Leaving Certificate Examination, 1910
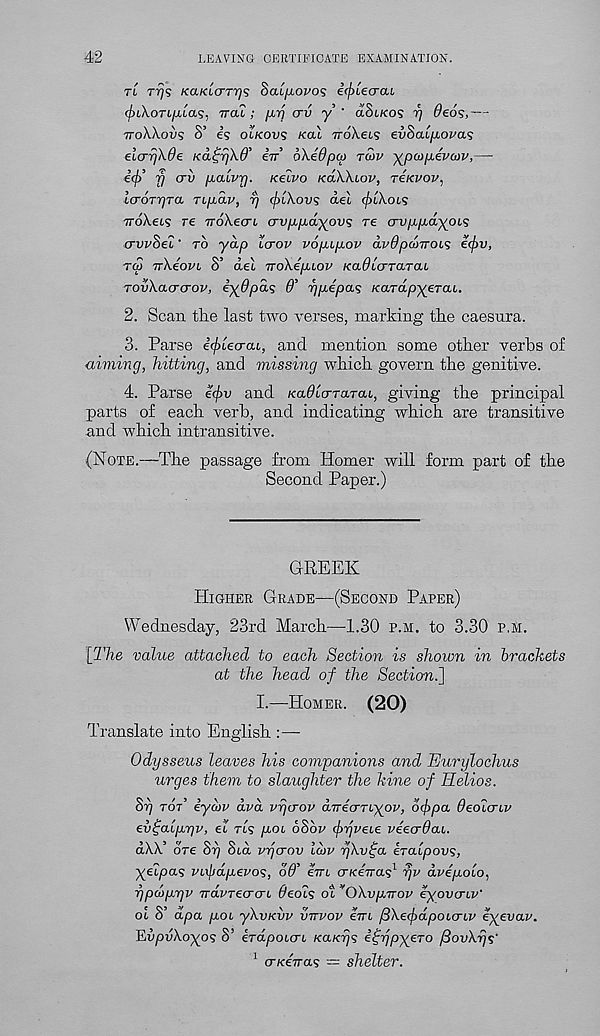
42
LEAVING CERTIFICATE EXAMINATION.
ri
KaKicrTrjs Saifiovo? i<f>Lecrou
(piXoTb/ALas, ttcu ; fJbtj crv y' aStKO? rj deos,—
troWovs S’ es ot/cons /cat 7roX.ets evSabfjLova^
elcrrjXde Ka^rjXd’ iir oXedpco toiv ypatpevcov,—
£<$> fl <JV pcbbvr]. K€LVO KaXXbov, TCKVOV,
icroTrjTa Tbpav, rj <f>bXovs del (fibXobs
TroXets re iroXecrL crvppdiyov? re cryppayobs
crvvSeb ‘ to yap lctov vopipov dvOpwirois ecf>v,
T(S TrXeovb S’ aet rroXepaov /ca^tcrrarat
TovXacro-ov, iyOpds 6’ yjpbepas KardpyeTab.
2. Scan the last two verses, marking the caesnra.
3. Parse e’^tecrat, and mention some other verbs of
mining, hitting, and missing which govern the genitive.
4. Parse eijiv and Ka^tcrrarat, giving the principal
parts of each verb, and indicating which are transitive
and which intransitive.
(Note.—The passage from Homer will form part of the
Second Paper.)
GREEK
Higher Grade—(Second Paper)
Wednesday, 23rd March—1.30 p.m. to 3.30 p.m.
[The value attached to each Section is shown in brackets
at the head of the Section.]
I.—Homer. (20)
Translate into English : —
Odysseus leaves his companions and Eurylochus
urges them to slaughter the kine of Helios.
Sr) tot’ iycbv dvd vrjcrov aTrecrTbyov, of>pa Oeoicnv
ev^alprjv, el tl<s p,Ob oSbv (frjvebe veecrdai.
aAA ore orj ota vrjcrov lgjv rjKv^a ercupovs,
yeipas vixfidpevos, 06’ em cr/ceVa? 1 rjv dvepolo,
r)pd>pr)v TrdvTecrcrb Oeoi? ot v OXvprrov eyovcnv'
ol S’ dpa pob yXvKvv vttvov errb fiXecfxxpobcrbv eyevav.
EvpuXoyo? S’ erapotcrt KaK-rjs i^ypyeTo fiovXrjs'
1 cn<eiras — shelter.